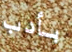
بأدب